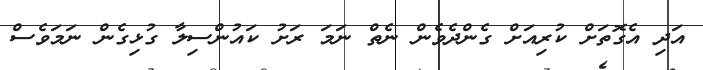
އަދި އެގޮތަށް ކުރިއަށް ގެންދެވެން ނެތް ނަމަ ރަށު ކައުންސިލާ ގުޅިގެން ނަމަވެސް